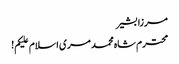
مرزا بشیر
محترم شاہ محمد مری اسلام علیکم!